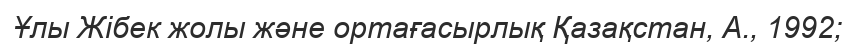
Ұлы Жібек жолы және ортағасырлық Қазақстан, А., 1992;